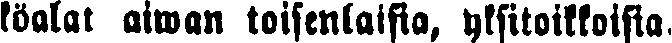
köalat aiwan toisenlaisia, yksitoikkoisia.